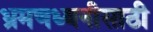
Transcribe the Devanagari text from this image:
भ्रमणध्वनीसाठी